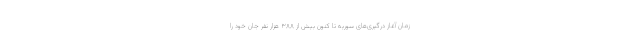
زمان آغاز درگیری‌های سوریه تا کنون بیش از ۳۸۸ هزار نفر جان خود را